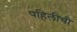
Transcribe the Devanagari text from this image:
पहिलीची